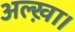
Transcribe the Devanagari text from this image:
अल्ख़ा।